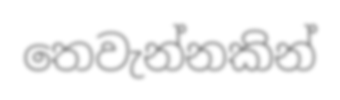
තෙවැන්නකින්